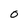
Character: 0